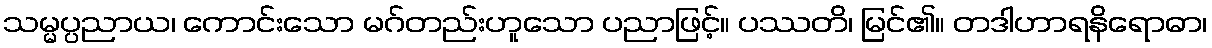
သမ္မပ္ပညာယ၊ ကောင်းသော မဂ်တည်းဟူသော ပညာဖြင့်။ ပဿတိ၊ မြင်၏။ တဒါဟာရနိရောဓာ၊